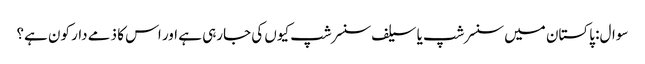
سوال: پاکستان میں سنسرشپ یا سیلف سنسرشپ کیوں کی جارہی ہے اور اس کا ذمے دار کون ہے؟